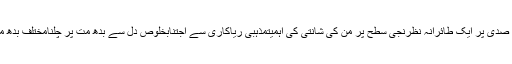
صفحہ کے مشمولاتسب کی برابری پر زور دینے کی اہمیت بطور انسانیت کے جزوِ لازم کےبیسویں صدی پر ایک طائرانہ نظرنجی سطح پر من کی شانتی کی اہمیتمذہبی ریاکاری سے اجتنابخلوص دل سے بدھ مت پر چلنامختلف بدھ متی افکار میں ہم آہنگیصحیح راہب بنناراہبات کاملہ کو کلیسائی منصب عطا کرنے کی تجدید کا معاملہ